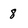
Character: 8